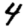
Digit: 4